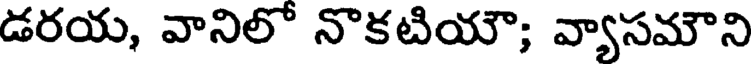
డరయ, వానిలో నొకటియౌ; వ్యాసమౌని